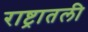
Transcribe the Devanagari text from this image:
राष्ट्रातली